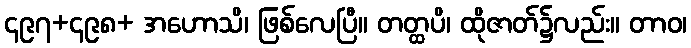
၄၉၇+၄၉၈+ အဟောသိ၊ ဖြစ်လေပြီ။ တတ္ထပိ၊ ထိုဇာတ်၌လည်း။ တာဝ၊